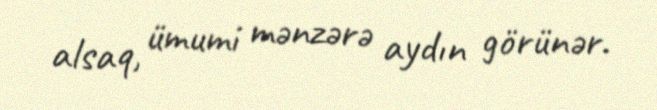
alsaq, ümumi mənzərə aydın görünər.